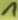
Text: 1